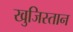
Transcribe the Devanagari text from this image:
खुजिस्तान